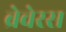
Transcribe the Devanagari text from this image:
ब्रेवेरस